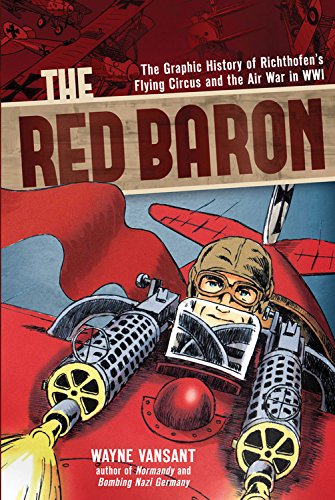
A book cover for The Red Baron: The Graphic History of Richthofen's Flying Circus and the Air War in WWI (Zenith Graphic Histories); Wayne Vansant; Comics & Graphic Novels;